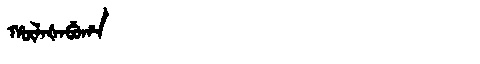
Manchu: ᡥᡡᠯᠠᡧᠠᠪᡠᡥᠠ
Romanization: HŪLAŠABUHA